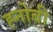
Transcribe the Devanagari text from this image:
ह्नोबी